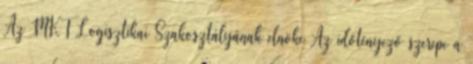
Az MKT Logisztikai Szakosztályának elnöke Az időtényező szerepe a